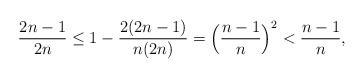
LaTeX: \begin{align*}\frac{2n-1}{2n}\leq 1-\frac{2(2n-1)}{n(2n)}=\Big(\frac{n-1}n\Big)^2<\frac{n-1}{n},\end{align*}